Leaving Certificate Examination, 1911
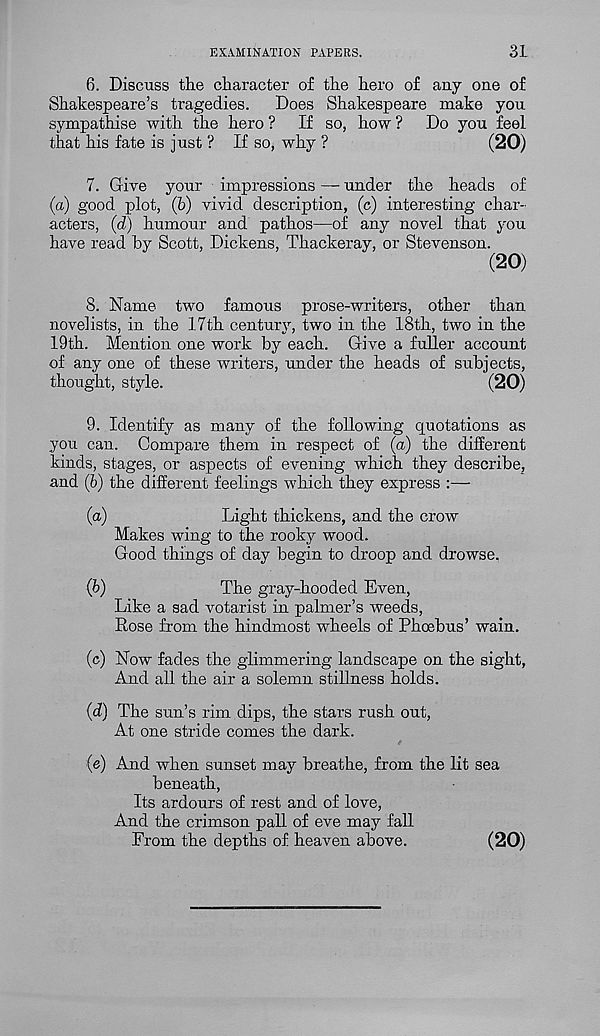
EXAMINATION PAPERS.
31
6. Discuss the character of the hero of any one of
Shakespeare’s tragedies.
Does Shakespeare make you
sympathise with the hero ? If so, how ? Do you feel
that his fate is just ? If so, why ?
(20)
7. Give your impressions — under the heads of
(a) good plot, (b) vivid description, (c) interesting char-
acters, (d) humour and pathos—of any novel that you
have read by Scott, Dickens, Thackeray, or Stevenson.
(20)
8. Name two famous prose-writers, other than
novelists, in the 17th century, two in the 18th, two in the
19th. Mention one work by each. Give a fuller account
of any one of these writers, under the heads of subjects,
thought, style.
(20)
9. Identify as many of the following quotations as
you can. Compare them in respect of (a) the different
kinds, stages, or aspects of evening which they describe,
and (b) the different feelings which they express :—
(a)
Light thickens, and the crow
Makes wing to the rooky wood.
Good things of day begin to droop and drowse.
(b)
The gray-hooded Even,
Like a sad votarist in palmer’s weeds,
Rose from the hindmost wheels of Phoebus’ wain.
(c) Now fades the glimmering landscape on the sight,
And all the air a solemn stillness holds.
(d) The sun’s rim dips, the stars rush out,
At one stride comes the dark.
(e) And when sunset may breathe, from the lit sea
beneath,
Its ardours of rest and of love,
And the crimson pall of eve may fall
From the depths of heaven above.
(20)